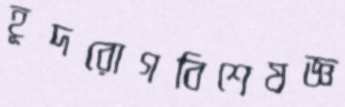
হূদরোগবিশেষজ্ঞ